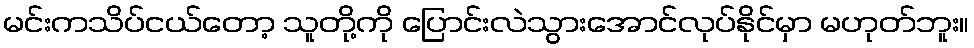
မင်းကသိပ်ငယ်တော့ သူတို့ကို ပြောင်းလဲသွားအောင်လုပ်နိုင်မှာ မဟုတ်ဘူး။